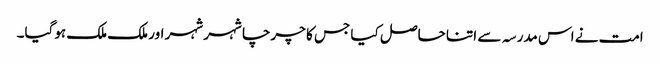
امت نے اس مدرسہ سے اتنا حاصل کیا جس کا چرچا شہر شہر اور ملک ملک ہوگیا۔